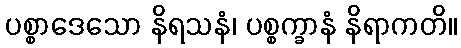
ပစ္စာဒေသော နိရသနံ၊ ပစ္စက္ခာနံ နိရာကတိ။